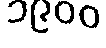
၁၉၀၀